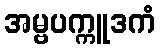
အမ္ဗပက္ကူဒကံ